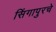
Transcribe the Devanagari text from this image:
सिंगापुरचे